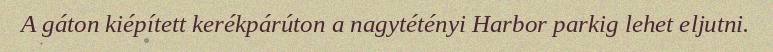
A gáton kiépített kerékpárúton a nagytétényi Harbor parkig lehet eljutni.